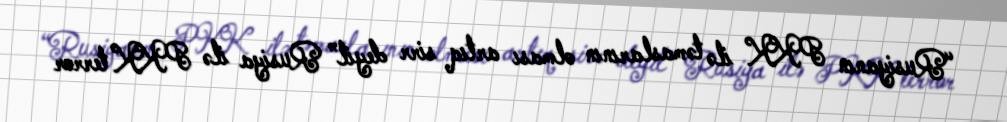
“Rusiyanın PKK ilə təmaslarının olması artıq sirr deyil” Rusiya ilə PKK terror